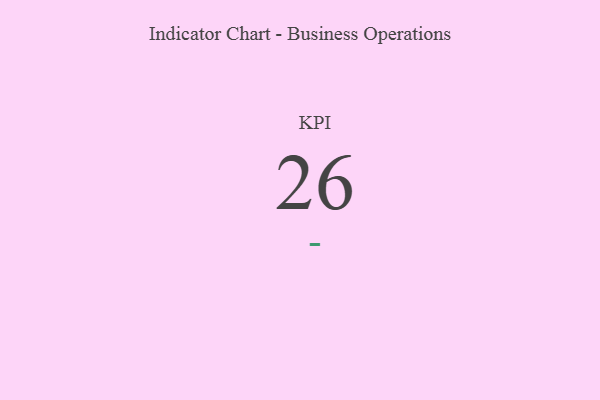
{"axis": {"x": "KPI", "y": "Value"}, "legend": [""], "data": [{"x": "KPI", "y": 26, "type": ""}]}